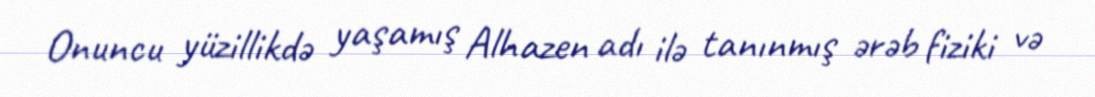
Onuncu yüzillikdə yaşamış Alhazen adı ilə tanınmış ərəb fiziki və